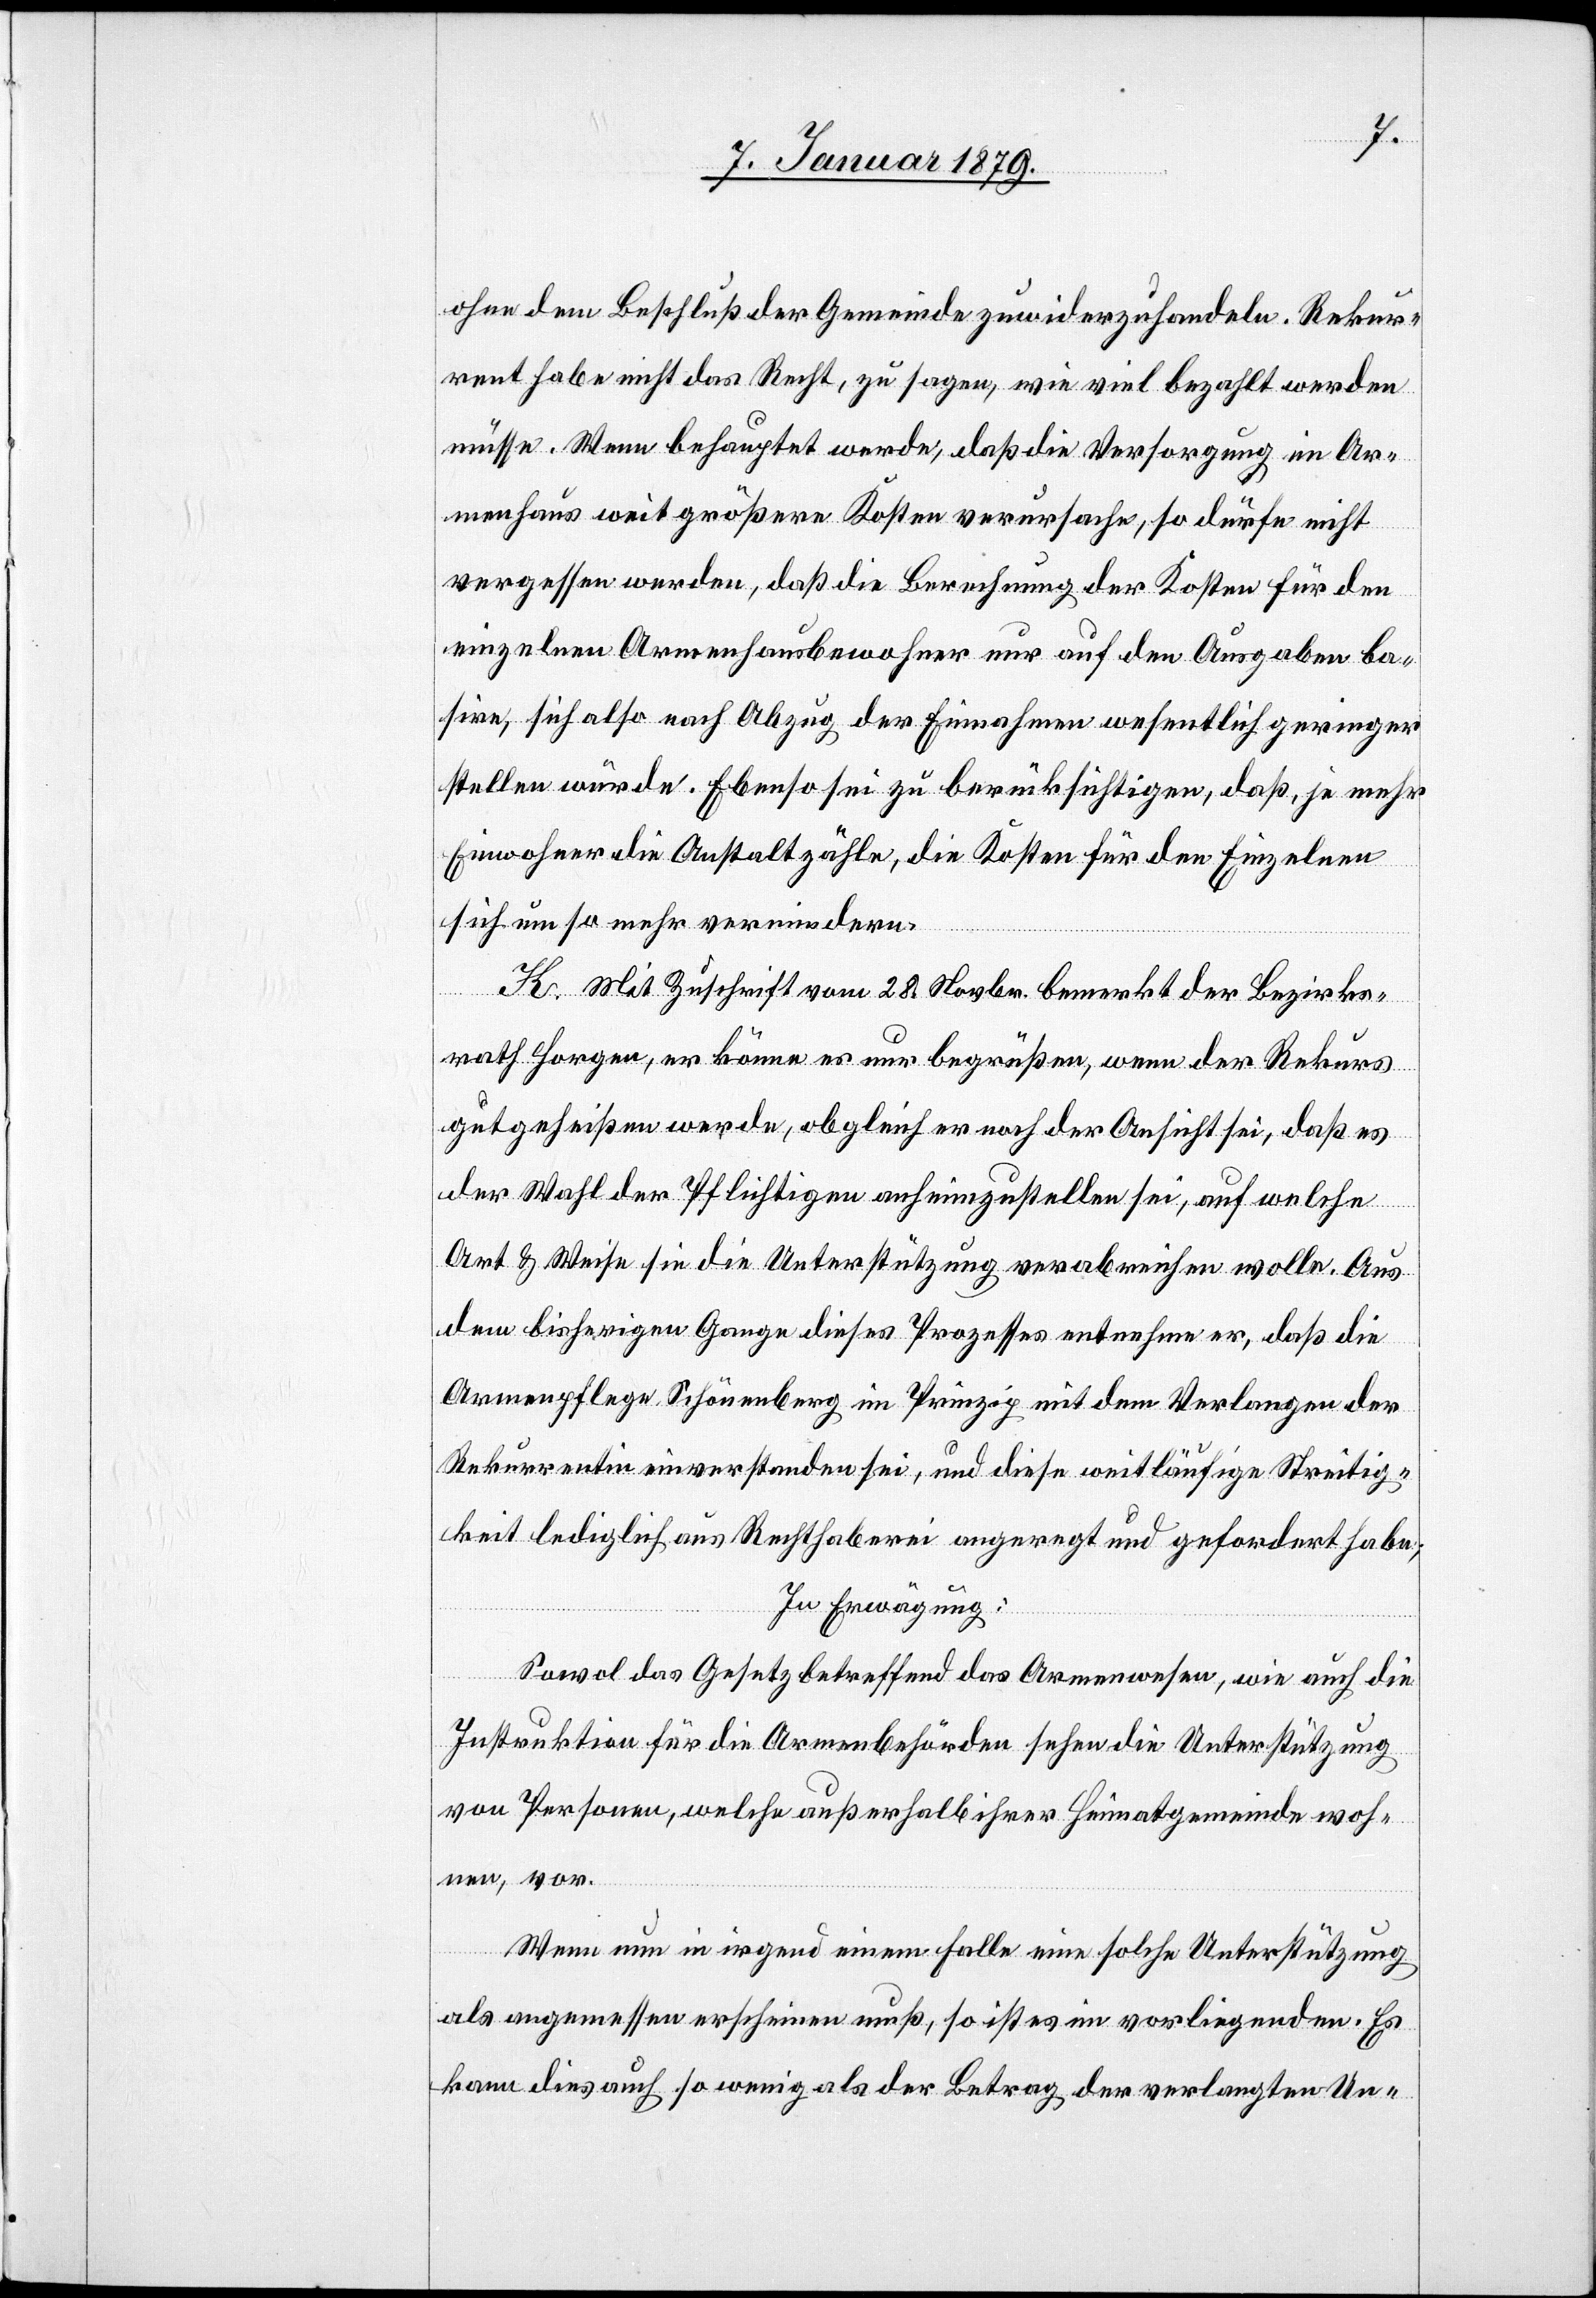
ohne dem Beschluß der Gemeinde zuwiderzuhandeln. Rekur¬
rent habe nicht das Recht, zu sagen, wie viel bezahlt werden
müsse. Wenn behauptet werde, daß die Versorgung im Ar¬
menhaus weit größere Kosten verursache, so dürfe nicht
vergessen werden, daß die Berechnung der Kosten für den
einzelnen Armenhausbewohner nur auf den Ausgaben ba¬
sire, sich also nach Abzug der Einnahmen wesentlich geringer
stellen würde. Ebenso sei zu berücksichtigen, daß, je mehr
Einwohner die Anstalt zähle, die Kosten für den Einzelnen
sich um so mehr vermindern.
K. Mit Zuschrift vom 28. Novbr. bemerkt der Bezirks¬
rath Horgen, er könne es nur begrüßen, wenn der Rekurs
gutgeheißen werde, obgleich er noch der Ansicht sei, daß es
der Wahl der Pflichtigen anheimzustellen sei, auf welche
Art & Weise sie die Unterstützung verabreichen wolle. Aus
dem bisherigen Gange dieses Prozesses entnehme er, daß die
Armenpflege Schönenberg im Prinzip mit dem Verlangen der
Rekurrentin einverstanden sei, und diese weitläufige Streitig¬
keit lediglich aus Rechthaberei angeregt und gefordert habe:
In Erwägung:
Sowol das Gesetz betreffend das Armenwesen, wie auch die
Instruktion für die Armenbehörden sehen die Unterstützung
von Personen, welche außerhalb ihrer Heimatgemeinde woh¬
nen, vor.
Wenn nun in irgend einem Falle eine solche Unterstützung
als angemessen erscheinen muß, so ist es im vorliegenden. Es
kann dies auch so wenig als der Betrag der verlangten Un-